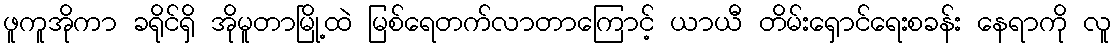
ဖူကူအိုကာ ခရိုင်ရှိ အိုမူတာမြို့ထဲ မြစ်ရေတက်လာတာကြောင့် ယာယီ တိမ်းရှောင်ရေးစခန်း နေရာကို လူ